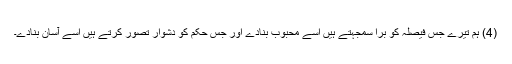
(4) ہم تیرے جس فیصلہ کو برا سمجہتے ہیں اسے محبوب بنادے اور جس حکم کو دشوار تصور کرتے ہیں اسے آسان بنادے۔